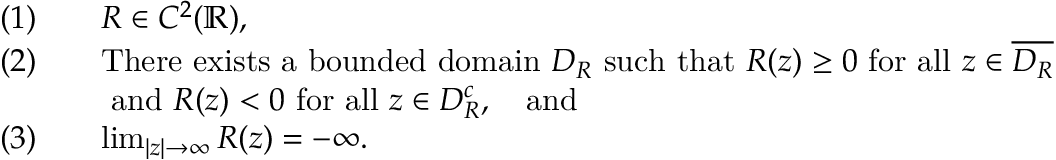
\begin{array} { r l } { ( 1 ) \quad } & { R \in C ^ { 2 } ( \mathbb { R } ) , } \\ { ( 2 ) \quad } & { \mathrm { T h e r e ~ e x i s t s ~ a ~ b o u n d e d ~ d o m a i n ~ } D _ { R } \mathrm { ~ s u c h ~ t h a t ~ } R ( z ) \geq 0 \mathrm { ~ f o r ~ a l l ~ } z \in \overline { { D _ { R } } } } \\ & { \mathrm { ~ a n d ~ } R ( z ) < 0 \mathrm { ~ f o r ~ a l l ~ } z \in D _ { R } ^ { c } , \quad \mathrm { a n d } } \\ { ( 3 ) \quad } & { \operatorname* { l i m } _ { | z | \to \infty } R ( z ) = - \infty . } \end{array}